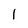
Character: I